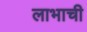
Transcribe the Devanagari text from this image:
लाभाची